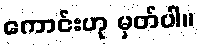
ကောင်းဟု မှတ်ပါ။